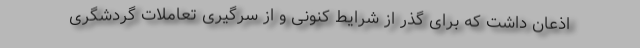
اذعان داشت که برای گذر از شرایط کنونی و از سرگیری تعاملات گردشگری